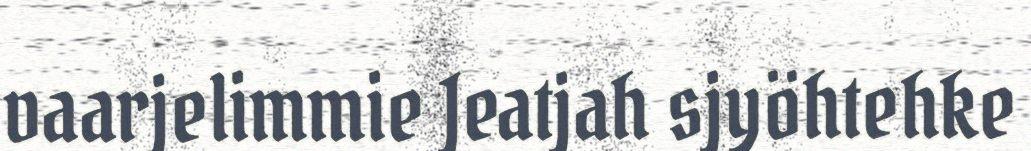
vaarjelimmie Jeatjah sjyöhtehke